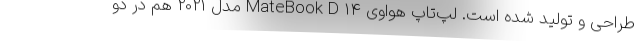
طراحی و تولید شده است. لپ‌تاپ هواوی MateBook D 14 مدل 2021 هم در دو